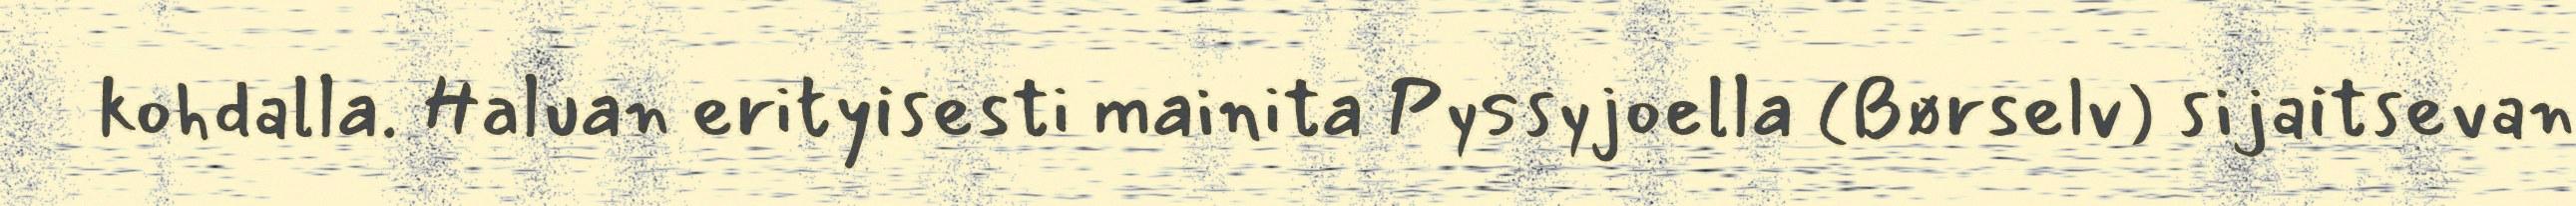
kohdalla. Haluan erityisesti mainita Pyssyjoella (Børselv) sijaitsevan